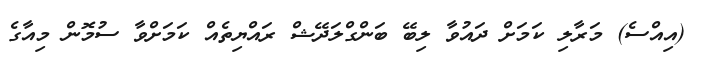
(އިއްސެ) މަރާލި ކަމަށް ދައުވާ ލިބޭ ބަންގްލަދޭޝް ރައްޔިތެއް ކަމަށްވާ ސުމޮން މިއާގެ